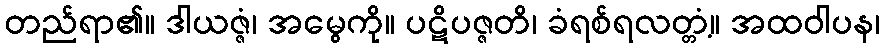
တည်ရာ၏။ ဒါယဇ္ဇံ၊ အမွေကို။ ပဋိပဇ္ဇတိ၊ ခံရစ်ရလတ္တံ့။ အထဝါပန၊